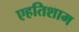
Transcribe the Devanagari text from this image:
एहतिशाम